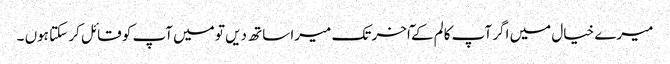
میرے خیال میں اگر آپ کالم کے ٓاخر تک میرا ساتھ دیں تو میں آپ کو قائل کر سکتا ہوں ۔